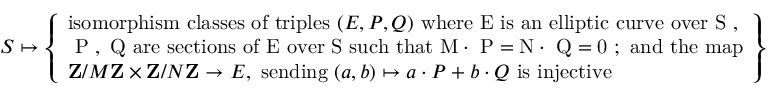
S \mapsto \left\{ \begin{array} { l l } { \mathrm { i s o m o r p h i s m ~ c l a s s e s ~ o f ~ t r i p l e s ~ } ( E , P , Q ) \mathrm { ~ w h e r e ~ E ~ i s ~ a n ~ e l l i p t i c ~ c u r v e ~ o v e r ~ S ~ , } } \\ { \mathrm { ~ P ~ , ~ Q ~ a r e ~ s e c t i o n s ~ o f ~ E ~ o v e r ~ S ~ s u c h ~ t h a t ~ M \cdot ~ P = N \cdot ~ Q = 0 ~ ; ~ a n d ~ t h e ~ m a p } } \\ { \mathbf { Z } / M \mathbf { Z } \times \mathbf { Z } / N \mathbf { Z } \rightarrow E , \mathrm { ~ s e n d i n g ~ } ( a , b ) \mapsto a \cdot P + b \cdot Q \mathrm { ~ i s ~ i n j e c t i v e } } \end{array} \right\}